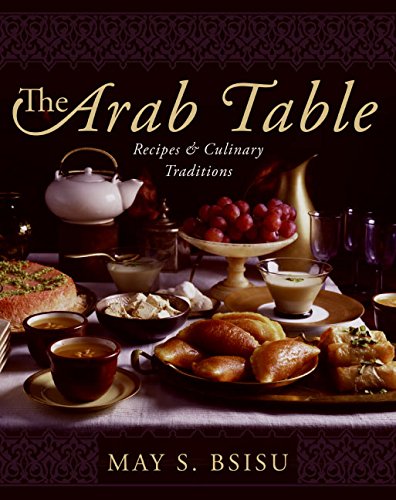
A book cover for The Arab Table: Recipes and Culinary Traditions; May Bsisu; Cookbooks, Food & Wine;